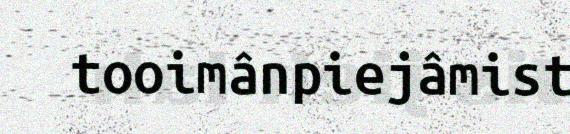
tooimânpiejâmist